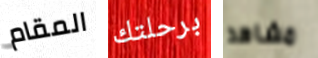
المقام برحلتك مشاهد